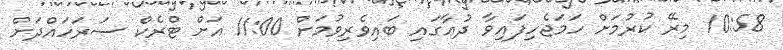
10:58 މިރޭ ކުރުމަށް ހަމަޖެހިފައިވާ ދުޢާގައި ބައިވެރިވުމަށް 11:00 އަށް ޓްރެކް ސަރަހައްދަށް